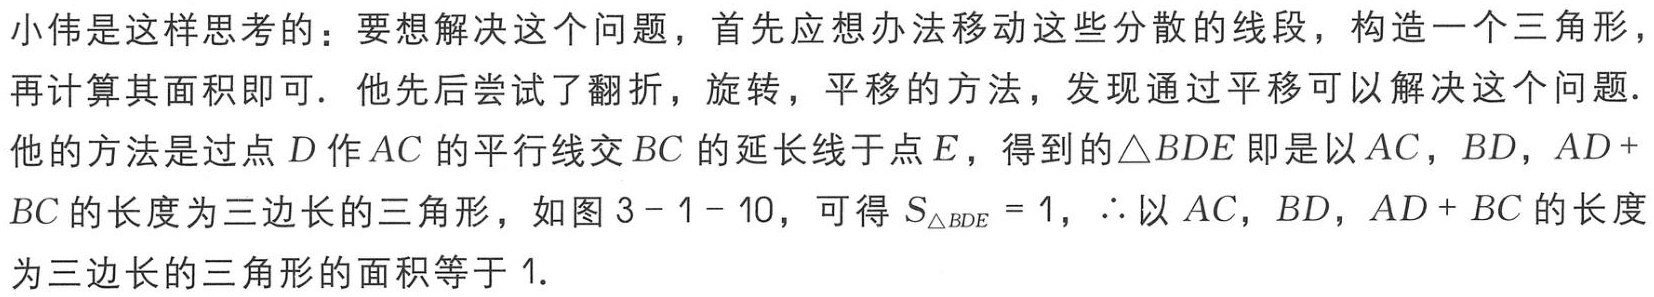
小伟是这样思考的：要想解决这个问题，首先应想办法移动这些分散的线段，构造一个三角形，再计算其面积即可．他先后尝试了翻折，旋转，平移的方法，发现通过平移可以解决这个问题．他的方法是过点\(D\)作\(AC\)的平行线交\(BC\)的延长线于点\(E\)，得到的\(\triangle BDE\)即是以\(AC\)，\(BD\)，\(AD + BC\)的长度为三边长的三角形，如图\(3 - 1 - 10\)，可得\(S_{\triangle BDE}=1\)，\(\therefore\)以\(AC\)，\(BD\)，\(AD + BC\)的长度为三边长的三角形的面积等于\(1\)．